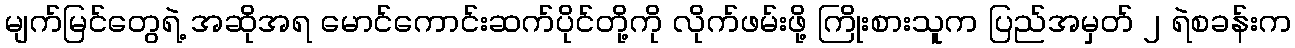
မျက်မြင်တွေရဲ့ အဆိုအရ မောင်ကောင်းဆက်ပိုင်တို့ကို လိုက်ဖမ်းဖို့ ကြိုးစားသူက ပြည်အမှတ် ၂ ရဲစခန်းက